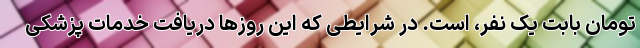
تومان بابت یک نفر، است. در شرایطی که این روزها دریافت خدمات پزشکی